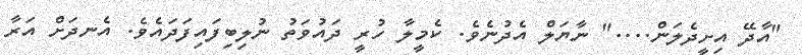
"އާދޭ އިށީދެލަން...." ނާޔަލް އެދުނެވެ. ކެމީލާ ހުރީ ދައުވަތު ނުލިބިފައިފަދައެވެ. އެނދަށް އަރާ